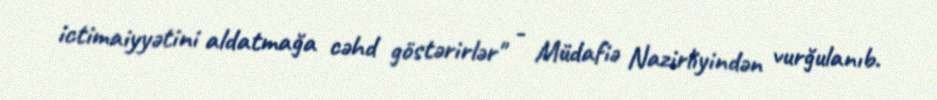
ictimaiyyətini aldatmağa cəhd göstərirlər" - Müdafiə Nazirliyindən vurğulanıb.